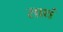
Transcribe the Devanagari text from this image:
साथं